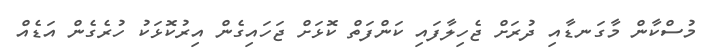
މުސްކާން މާގަނޑާއި ދުރަށް ޖެހިލާފައި ކަންފަތް ކޮޅަށް ޖަހައިގެން އިރުކޮޅަކު ހުރެގެން އަޑެއް